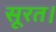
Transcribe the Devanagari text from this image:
सूरत।